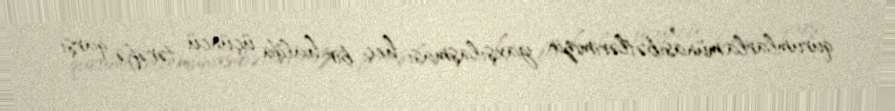
qurumlarla münasibətlərimizin yaxşılaşması heç bir halda üçüncü tərəfə qarşı